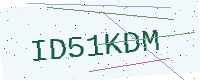
Text: ID51KDM